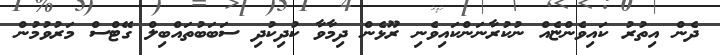
ދެން އިތުރު ކައިވެންޏެއް ނުކުރާނަންކައިވެނި ރޫޅެން ދިމާވާ ކުދިކުދި ސަބަބުތައްބިލް ގޭޓްސް މަރުވުމުން